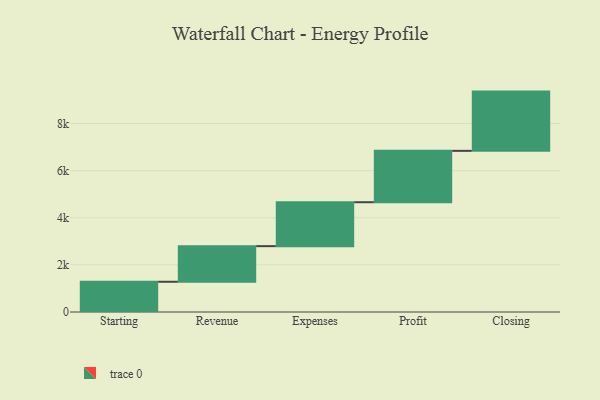
{"axis": {"x": "Step", "y": "Value"}, "legend": [""], "data": [{"x": "Starting", "y": 1283.0, "type": ""}, {"x": "Revenue", "y": 1511.0, "type": ""}, {"x": "Expenses", "y": 1864.0, "type": ""}, {"x": "Profit", "y": 2180.0, "type": ""}, {"x": "Closing", "y": 2514.0, "type": ""}]}